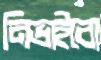
নিভাইবো